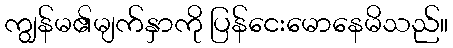
ကျွန်မ၏မျက်နှာကို ပြန်ငေးမောနေမိသည်။